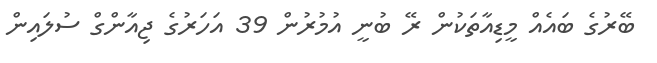
ބޭރުގެ ބައެއް މީޑިއާތަކުން ރޭ ބުނީ އުމުރުން 39 އަހަރުގެ ޖިއާންގް ސުލައިން